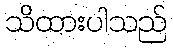
သိထားပါသည်